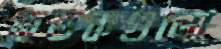
কতকগুলো